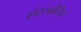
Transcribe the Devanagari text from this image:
एंटलांटिक